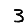
Digit: 3